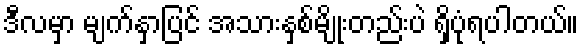
ဒီလမှာ မျက်နှာပြင် အသားနှစ်မျိုးတည်းပဲ ရှိပုံရပါတယ်။